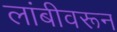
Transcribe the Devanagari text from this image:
लांबीवरून